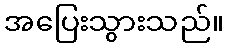
အပြေးသွားသည်။